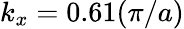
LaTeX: k_{x}=0.61(\pi/a)